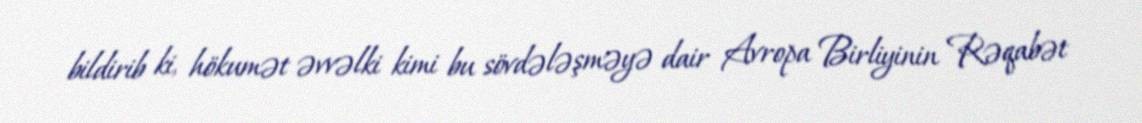
bildirib ki, hökumət əvvəlki kimi bu sövdələşməyə dair Avropa Birliyinin Rəqabət